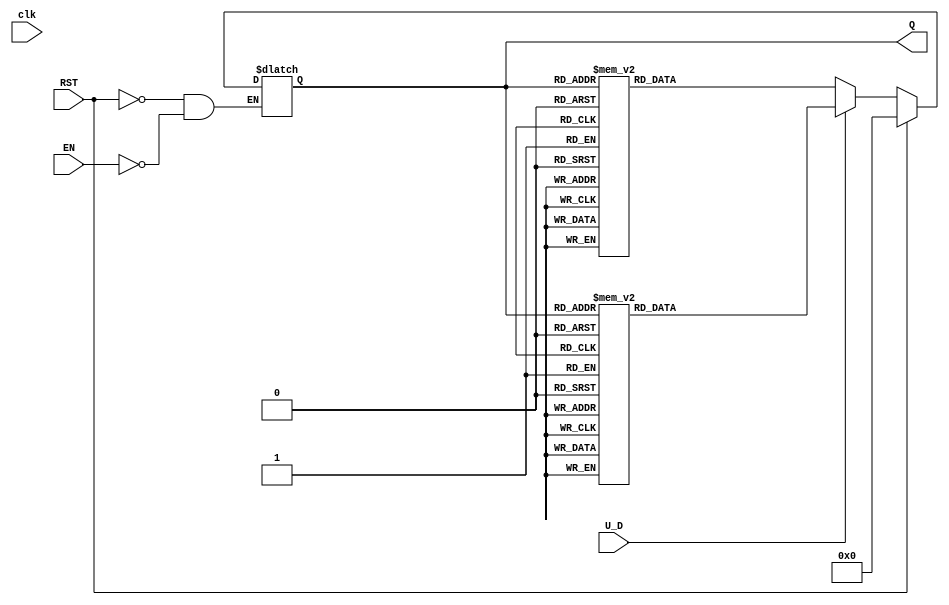
module UpDownCounter (
    input wire clk,        // Not used in asynchronous counter
    input wire RST,        // Asynchronous Reset
    input wire EN,         // Enable Signal
    input wire U_D,        // Up/Down Control Signal
    output reg [3:0] Q     // 4-bit Count Value
);

    // Asynchronous reset behavior
    always @* begin
        if (RST) begin
            Q <= 4'b0000;  // Reset count to 0
        end else if (EN) begin
            if (U_D) begin
                // Counting Up
                case (Q)
                    4'b0000: Q <= 4'b0001;
                    4'b0001: Q <= 4'b0010;
                    4'b0010: Q <= 4'b0011;
                    4'b0011: Q <= 4'b0100;
                    4'b0100: Q <= 4'b0101;
                    4'b0101: Q <= 4'b0110;
                    4'b0110: Q <= 4'b0111;
                    4'b0111: Q <= 4'b1000;
                    4'b1000: Q <= 4'b1001;
                    4'b1001: Q <= 4'b1010;
                    4'b1010: Q <= 4'b1011;
                    4'b1011: Q <= 4'b1100;
                    4'b1100: Q <= 4'b1101;
                    4'b1101: Q <= 4'b1110;
                    4'b1110: Q <= 4'b1111;
                    4'b1111: Q <= 4'b0000; // Overflow back to 0
                endcase
            end else begin
                // Counting Down
                case (Q)
                    4'b0000: Q <= 4'b1111; // Underflow back to max
                    4'b0001: Q <= 4'b0000;
                    4'b0010: Q <= 4'b0001;
                    4'b0011: Q <= 4'b0010;
                    4'b0100: Q <= 4'b0011;
                    4'b0101: Q <= 4'b0100;
                    4'b0110: Q <= 4'b0101;
                    4'b0111: Q <= 4'b0110;
                    4'b1000: Q <= 4'b0111;
                    4'b1001: Q <= 4'b1000;
                    4'b1010: Q <= 4'b1001;
                    4'b1011: Q <= 4'b1010;
                    4'b1100: Q <= 4'b1011;
                    4'b1101: Q <= 4'b1100;
                    4'b1110: Q <= 4'b1101;
                    4'b1111: Q <= 4'b1110;
                endcase
            end
        end
    end

endmodule